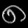
Digit: ၈